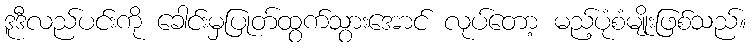
ဒူဒီလည်ပင်းကို ခေါင်းမှပြုတ်ထွက်သွားအောင် လုပ်တော့ မည့်ပုံစံမျိုးဖြစ်သည်။